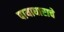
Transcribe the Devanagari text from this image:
पायाधाराचे